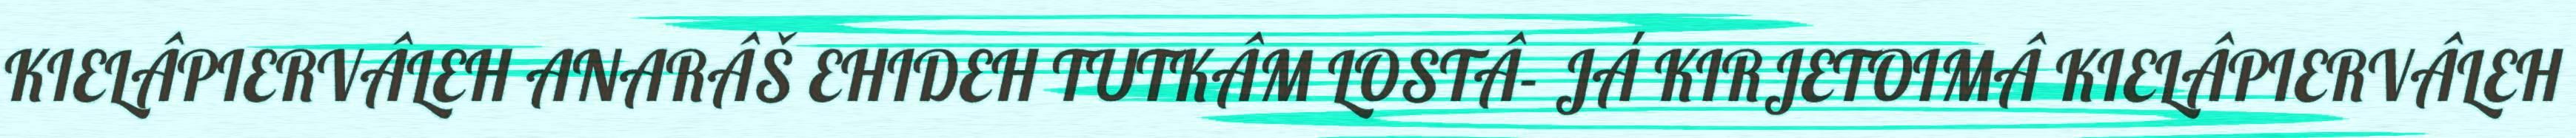
KIELÂPIERVÂLEH ANARÂŠ EHIDEH TUTKÂM LOSTÂ- JÁ KIRJETOIMÂ KIELÂPIERVÂLEH